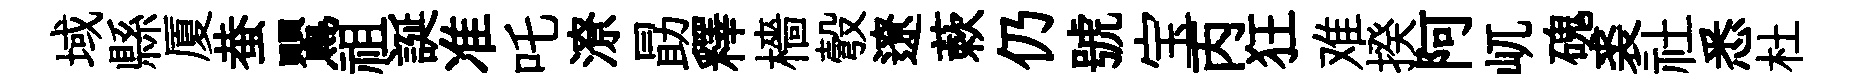
域縣厦蛬鸎祖誕准吒潦勗釋檣彀遼蔌仍號宝丙狂难揆阿屼磈裘社悉杜